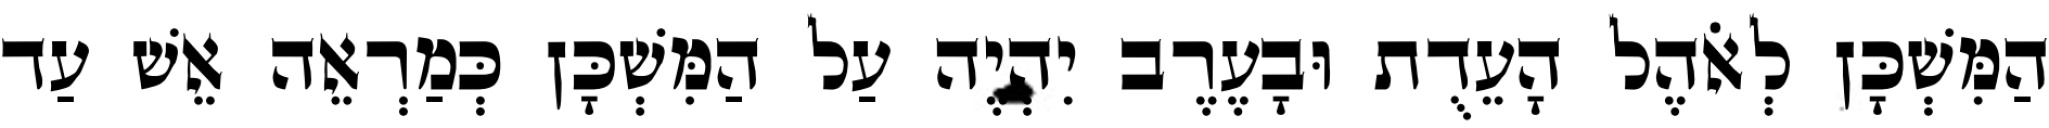
הַמִּשְׁכָּן לְאֹהֶל הָעֵדֻת וּבָעֶרֶב יִהְיֶה עַל הַמִּשְׁכָּן כְּמַרְאֵה אֵשׁ עַד